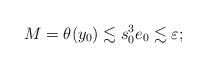
LaTeX: \begin{align*}M=\theta(y_0)\lesssim s_0^3e_0\lesssim\varepsilon;\end{align*}